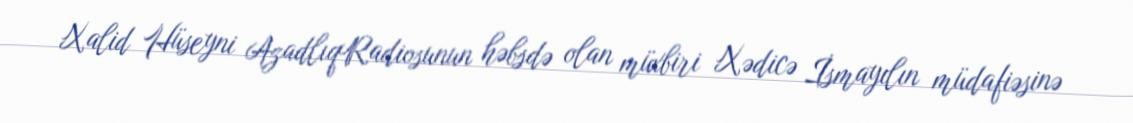
Xalid Hüseyni AzadlıqRadiosunun həbsdə olan müxbiri Xədicə İsmayılın müdafiəsinə